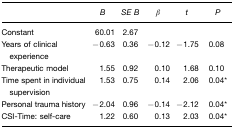
|  | B | SE B | β | t | P |
 | --- | --- | --- | --- | --- | --- |
 | Constant | 60.01 | 2.67 |  |  |  |
 | Years of clinical experience | −0.63 | 0.36 | −0.12 | −1.75 | 0.08 |
 | Therapeutic model | 1.55 | 0.92 | 0.10 | 1.68 | 0.10 |
 | Time spent in individual supervision | 1.53 | 0.75 | 0.14 | 2.06 | 0.04* |
 | Personal trauma history | −2.04 | 0.96 | −0.14 | −2.12 | 0.04* |
 | CSI-Time: self-care | 1.22 | 0.60 | 0.13 | 2.03 | 0.04* |